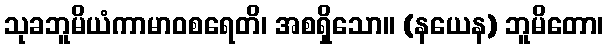
သုခဘူမိယံကာမာဝစရေတိ၊ အစရှိသော။ (နယေန) ဘူမိတော၊